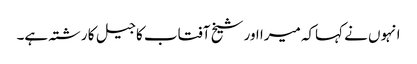
انہوں نے کہاکہ میرا اور شیخ آفتاب کا جیل کا رشتہ ہے۔